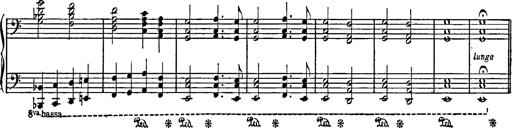
Title: Feierlicher Marsch zum heiligen Gral aus Parsifal
Composer: Franz Liszt